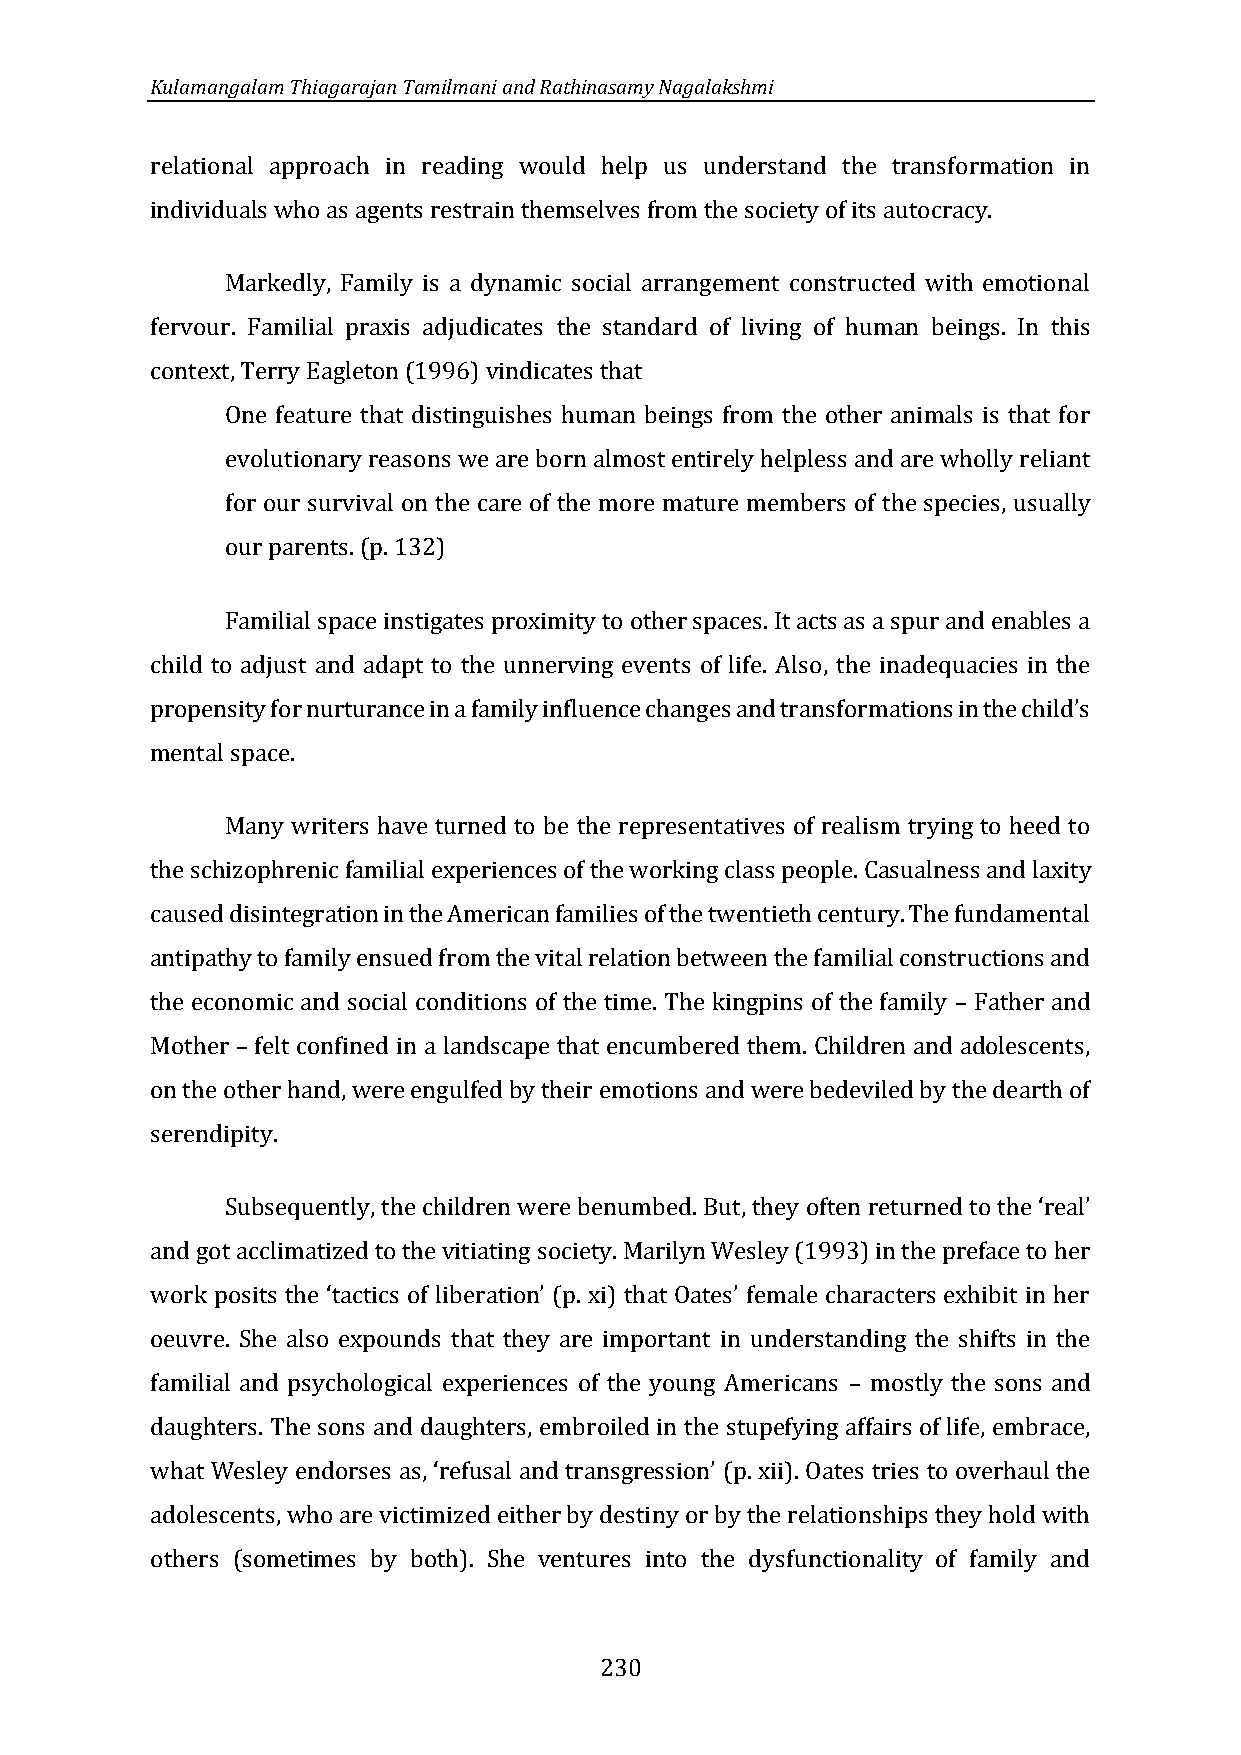
Kulamangalam Thiagarajan Tamilmani and Rathinasamy Nagalakshmi
 relational approach in reading would help us understand the transformation in
 individuals who as agents restrain themselves from the society of its autocracy.
 Markedly, Family is a dynamic social arrangement constructed with emotional
 fervour. Familial praxis adjudicates the standard of living of human beings. In this
 context, Terry Eagleton (1996) vindicates that
 One feature that distinguishes human beings from the other animals is that for
 evolutionary reasons we are born almost entirely helpless and are wholly reliant
 for our survival on the care of the more mature members of the species, usually
 our parents. (p. 132)
 Familial space instigates proximity to other spaces. It acts as a spur and enables a
 child to adjust and adapt to the unnerving events of life. Also, the inadequacies in the
 mental space.
 propensity for nurturance in a family influence changes and transformations in the child’s
 Many writers have turned to be the representatives of realism trying to heed to
 the schizophrenic familial experiences of the working class people. Casualness and laxity
 caused disintegration in the American families of the twentieth century. The fundamental
 antipathy to family ensued from the vital relation between the familial constructions and
 the economic and social conditions of the time. The kingpins of the family Father and
 Mother felt confined in a landscape that encumbered them. Children and adolescents,
 –
 on the other hand, were engulfed by their emotions and were bedeviled by the dearth of
 –
 serendipity.
 Subsequently, th
 and got acclimatized to the vitiating society. Marilyn Wesley (1993) in the preface to her
 e children were benumbed. But, they often returned to the ‘real’
 oeuvre. She also expounds that they are important in understanding the shifts in the
 work posits the ‘tactics of liberation’ (p. xi) that Oates’ female characters exhibit in her
 familial and psychological experiences of the young Americans mostly the sons and
 daughters. The sons and daughters, embroiled in the stupefying affairs of life, embrace,
 –
 what
 adolescents, who are victimized either by destiny or by the relationships they hold with
 Wesley endorses as, ‘refusal and transgression’ (p. xii). Oates tries to overhaul the
 others (sometimes by both). She ventures into the dysfunctionality of family and
 230